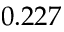
0 . 2 2 7